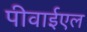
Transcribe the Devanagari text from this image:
पीवाईएल